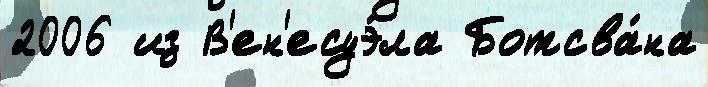
2006 из В'ен'есуэ́ла Ботсва́на